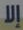
إلا